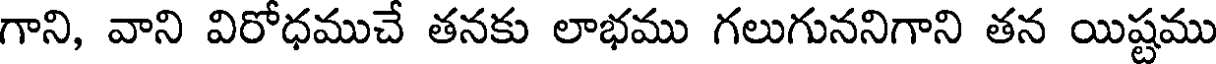
గాని, వాని విరోధముచే తనకు లాభము గలుగుననిగాని తన యిష్టము